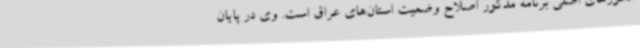
محورهای اصلی برنامه مذکور اصلاح وضعیت استان‌های عراق است. وی در پایان